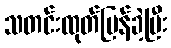
သတင်းထုတ်ပြန်ခဲ့ပြီး